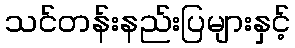
သင်တန်းနည်းပြများနှင့်